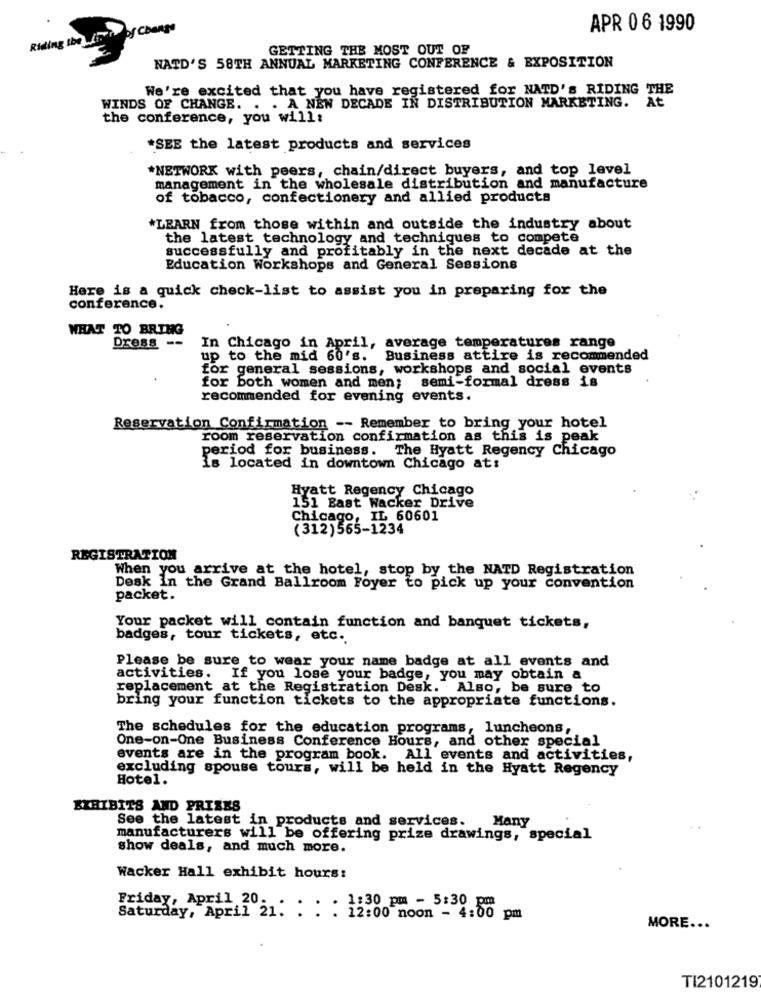
Riding the list of Change
APR 0 6 1990
GETTING THE MOST OUT OF
NATD'S 58TH ANNUAL MARKETING CONFERENCE & EXPOSITION
We're excited that you have registered for NATD's RIDING THE
WINDS OF CHANGE. . . A NEN DECADE IN DISTRIBUTION MARKETING.
At
the conference, you will:
*SEE the latest products and services
*NETWORK with peers, chain/direct buyers, and top level
management in the wholesale distribution and manufacture
of tobacco, confectionery and allied products
*LEARN from those within and outside the industry about
the latest technology and techniques to compete
successfully and profitably in the next decade at the
Education Workshops and General Sessions
Here is a quick check-list to assist you in preparing for the
conference.
WHAT TO BRING
Dress --
In Chicago in April, average temperatures range
up to the mid 60's. Business attire is recommended
for general sessions, workshops and social events
for both women and men; semi-formal dress is
recommended for evening events.
Reservation Confirmation -- Remember to bring your hotel
room reservation confirmation as this is peak
period for business. The Hyatt Regency Chicago
Is located in downtown Chicago ats
Hyatt Regency Chicago
151 Bast Wacker Drive
Chicago, IL 60601
(312)565-1234
REGISTRATION
When you arrive at the hotel, stop by the NATD Registration
Desk In the Grand Ballroom Foyer to pick up your convention
packet.
Your packet will contain function and banquet tickets,
badges, tour tickets, etc.
Please be sure to wear your name badge at all events and
activities. If you lose your badge, you may obtain a
replacement at the Registration Desk. Also, be sure to
bring your function tickets to the appropriate functions.
The schedules for the education programs, luncheons,
One-on-One Business Conference Hours, and other special
events are in the program book. All events and activities,
excluding spouse tours, will be held in the Hyatt Regency
Hotel.
EXHIBITS AND PRIZES
See the latest in products and services.
Many
manufacturers will be offering prize drawings, special
show deals, and much more.
Wacker Hall exhibit hours:
Friday, April 20.
Saturday, April 21. : : :
1:30 pm - 5:30 pm
12:00 noon - 4:00 pm
MORE ...
TI2101219